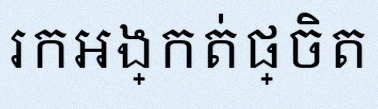
រកអង្កត់ផ្ចិត